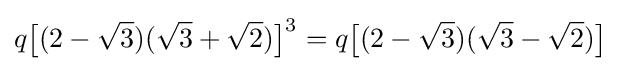
q{\bigl [}(2-{\sqrt {3}})({\sqrt {3}}+{\sqrt {2}}){\bigr ]}^{3}=q{\bigl [}(2-{\sqrt {3}})({\sqrt {3}}-{\sqrt {2}}){\bigr ]}